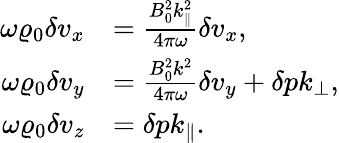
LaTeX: \begin{array}{rl}{\omega\varrho_{0}\delta v_{x}}&{=\frac{B_{0}^{2}k_{\parallel}^{2}}{4\pi\omega}\delta v_{x},}\\ {\omega\varrho_{0}\delta v_{y}}&{=\frac{B_{0}^{2}k^{2}}{4\pi\omega}\delta v_{y}+\delta pk_{\perp},}\\ {\omega\varrho_{0}\delta v_{z}}&{=\delta pk_{\parallel}.}\end{array}